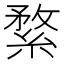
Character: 䋷